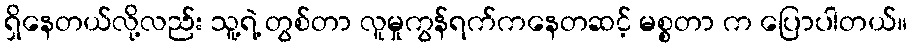
ရှိနေတယ်လို့လည်း သူ့ရဲ့ တွစ်တာ လူမှုကွန်ရက်ကနေတဆင့် မစ္စတာ က ပြောပါတယ်။